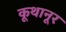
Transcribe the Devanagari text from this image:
कूथानूर